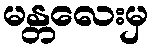
မန္တလေးမှ